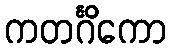
ကတင်္ဂိကော